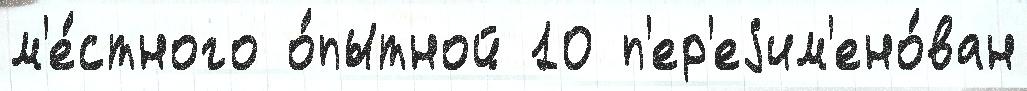
м'е́стного о́пытной 10 п'ер'еjим'ено́ван